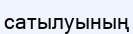
сатылуының